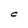
Character: C